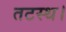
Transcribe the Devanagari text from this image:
तटस्थ।